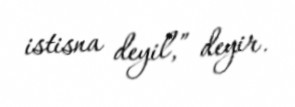
istisna deyil,” deyir.